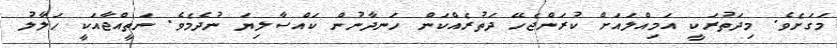
މަގަށެވެ. މިދަތުރަކީ އަމިއްލައަށް ކުރަންޖެހޭ ދަތުރެއްކަން ހަނދާނުން ކައްސާލިޔަ ނުދެމެވެ. ނަތީއްޖާއަކީ ޙަލާލު